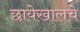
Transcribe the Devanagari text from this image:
छायेखालचे